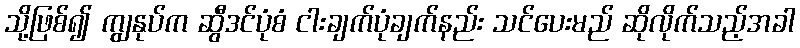
သို့ဖြစ်၍ ကျွနုပ်က ဆွီဒင်ပုံစံ ငါးချက်ပုံချက်နည်း သင်ပေးမည် ဆိုလိုက်သည့်အခါ